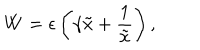
W = \epsilon \left( \gamma \tilde { x } + \frac { 1 } { \tilde { x } } \right) ,